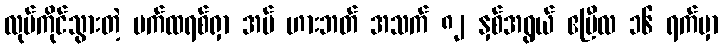
လုပ်ကိုင်သွားတဲ့ ပက်ထရစ်ရှာ အမ် ဟားဘတ် အသက် ၈၂ နှစ်အရွယ် ဧပြီလ ၁၆ ရက်မှာ